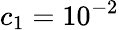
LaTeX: c_{1}=10^{-2}